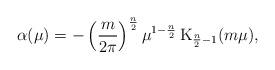
LaTeX: \begin{align*} \alpha(\mu) = - \left(\frac{m}{2\pi}\right)^\frac{n}2 \mu^{1-\frac{n}2}\, \mathrm{K}_{\frac{n}2-1}(m\mu),\end{align*}